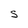
Character: S